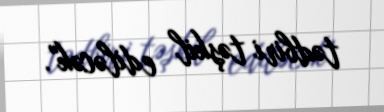
tədbiri təşkil ediləcək".